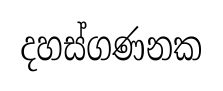
දහස්ගණනක